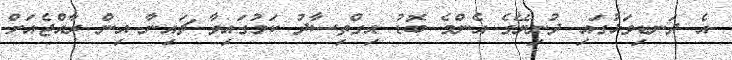
އެ ދަނޑިވަޅުގައި ދުނިޔޭގެ އެންމެ ބޮޑު އިގްތިސާދު ކަމުގައިވާ ޗައިނާ އިން ރާއްޖެއަށް